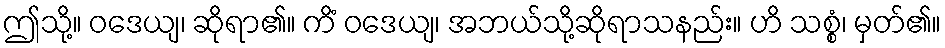
ဤသို့။ ဝဒေယျ၊ ဆိုရာ၏။ ကိံ ဝဒေယျ၊ အဘယ်သို့ဆိုရာသနည်း။ ဟိ သစ္စံ၊ မှတ်၏။